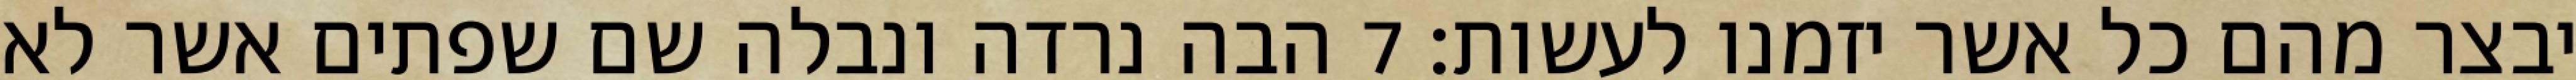
יבצר מהם כל אשר יזמנו לעשות׃ ‎7‏ הבה נרדה ונבלה שם שפתים אשר לא